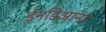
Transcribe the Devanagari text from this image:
ईनडिआना